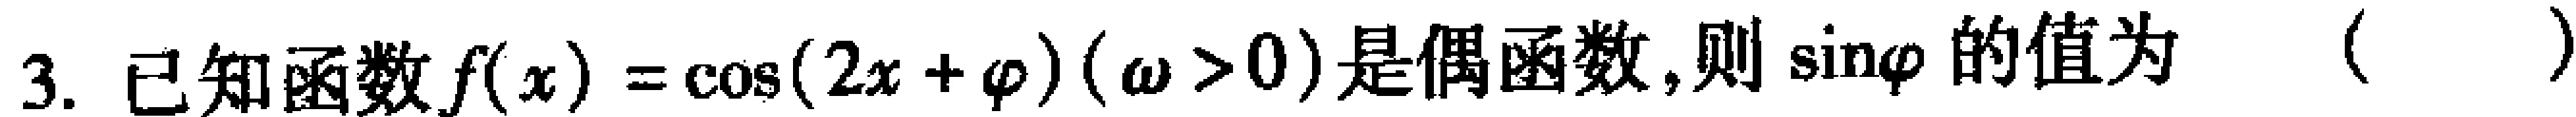
3. 已知函数\(f(x)=\cos(2x + \varphi)(\omega>0)\)是偶函数,则\(\sin\varphi\)的值为 （  ）